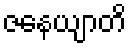
ဇနေယျာတိ